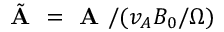
\tilde { \textbf { A } } = \textbf { A } / ( v _ { A } B _ { 0 } / \Omega )